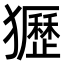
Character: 㺡